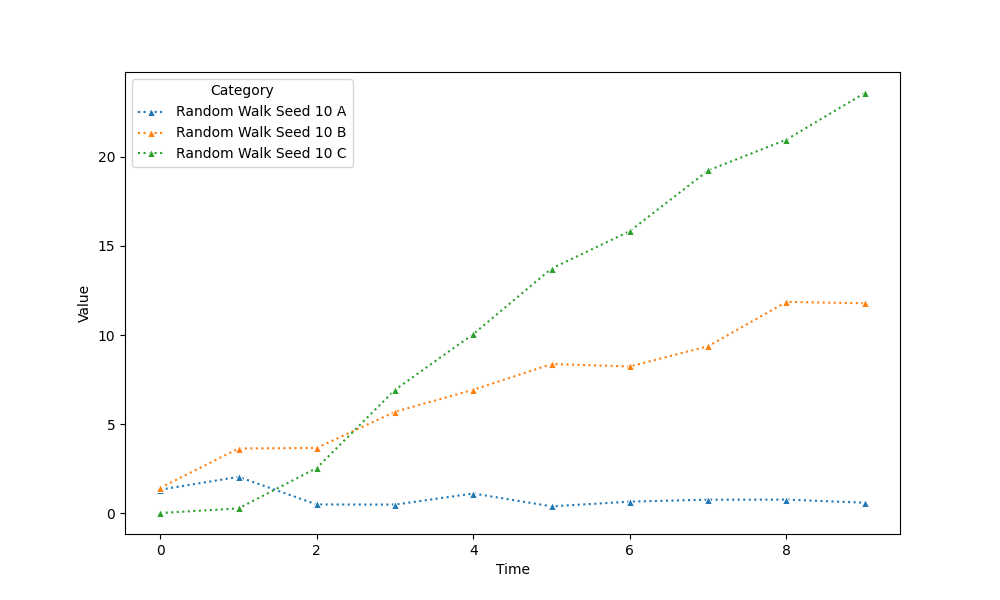
python, seaborn, lineplot, style='dotted', marker='^'